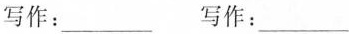
写作：___ 写作：___